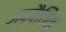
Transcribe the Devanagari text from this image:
अद्वैतिक